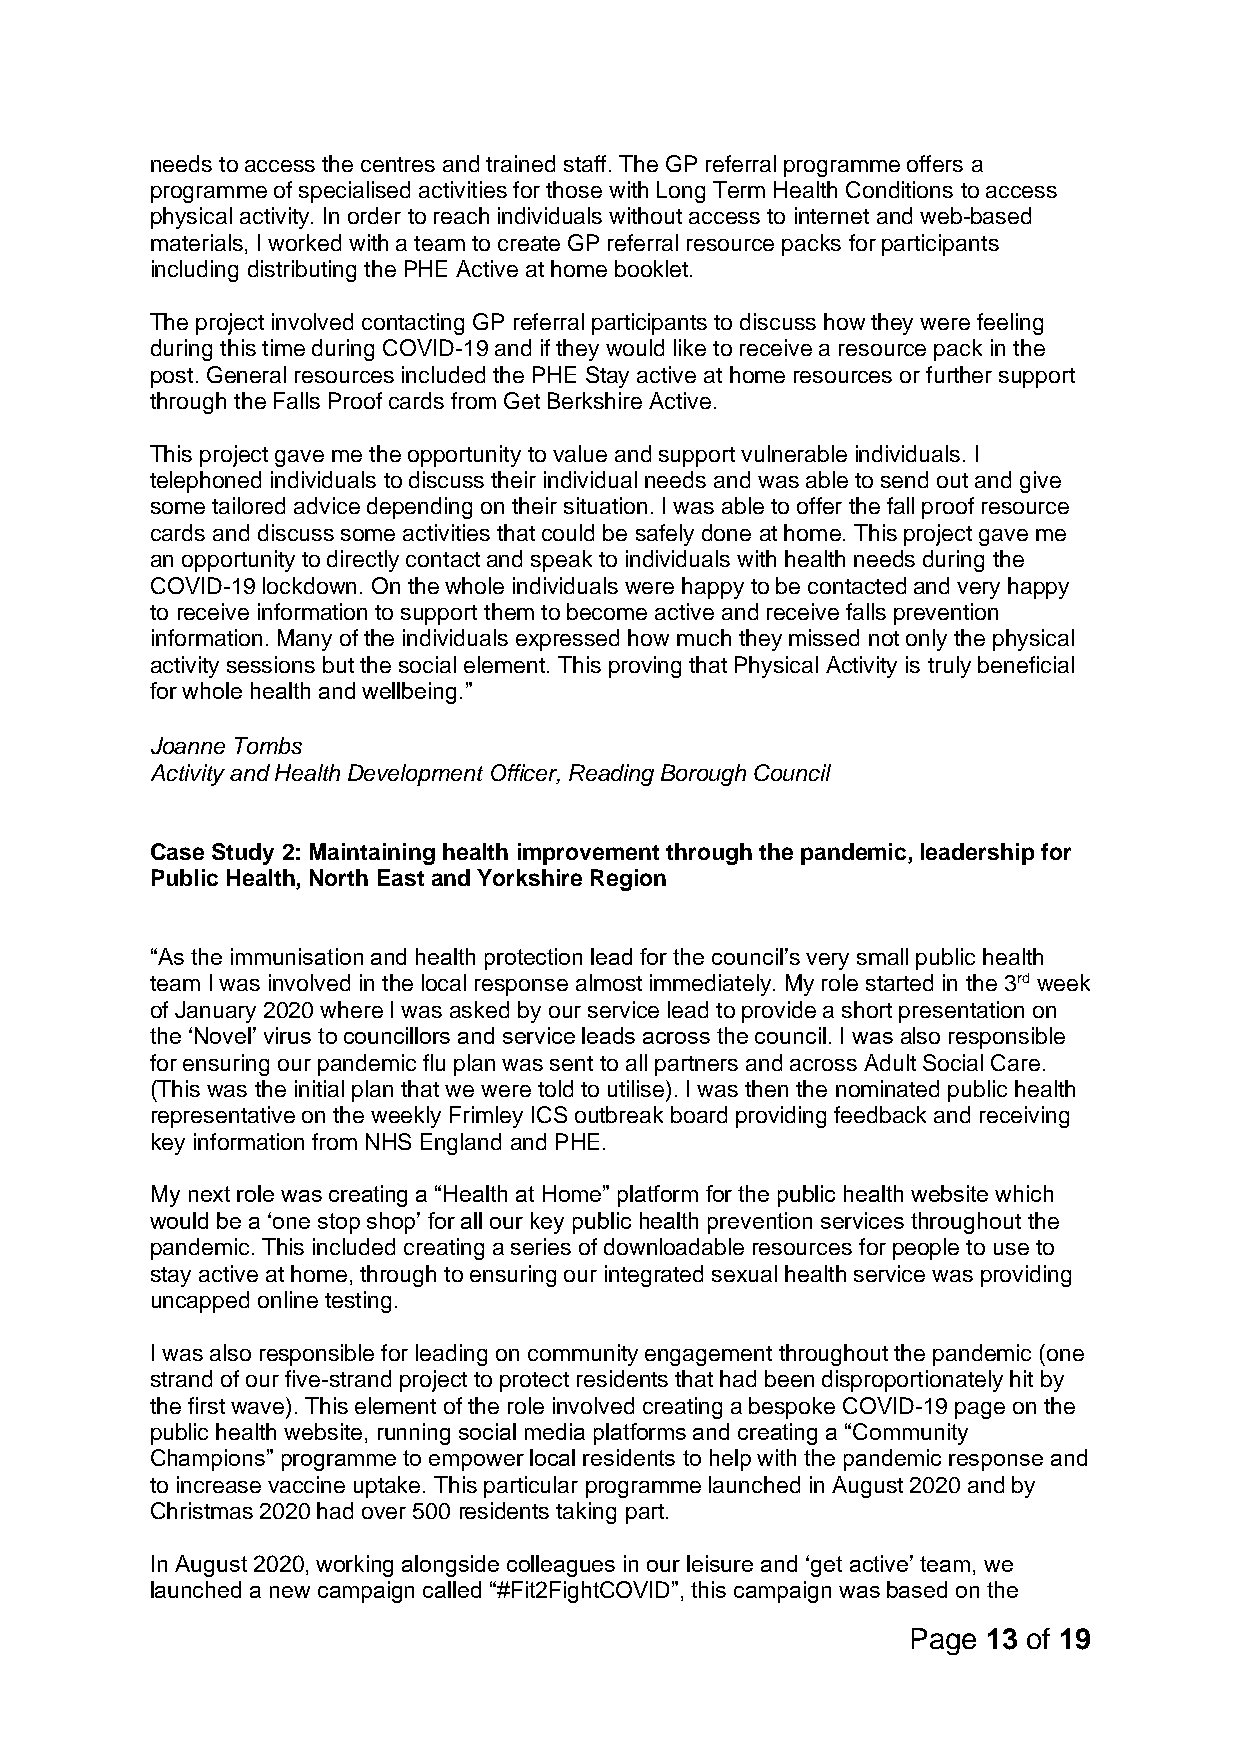
needs to access the centres and trained staff. The GP referral programme offers a
 programme of specialised activities for those with Long Term Health Conditions to access
 physical activity. In order to reach individuals without access to internet and web-based
 materials, I worked with a team to create GP referral resource packs for participants
 including distributing the PHE Active at home booklet.
 The project involved contacting GP referral participants to discuss how they were feeling
 during this time during COVID-19 and if they would like to receive a resource pack in the
 post. General resources included the PHE Stay active at home resources or further support
 through the Falls Proof cards from Get Berkshire Active.
 This project gave me the opportunity to value and support vulnerable individuals. I
 telephoned individuals to discuss their individual needs and was able to send out and give
 some tailored advice depending on their situation. I was able to offer the fall proof resource
 cards and discuss some activities that could be safely done at home. This project gave me
 an opportunity to directly contact and speak to individuals with health needs during the
 COVID-19 lockdown. On the whole individuals were happy to be contacted and very happy
 to receive information to support them to become active and receive falls prevention
 information. Many of the individuals expressed how much they missed not only the physical
 activity sessions but the social element. This proving that Physical Activity is truly beneficial
 for whole health and wellbeing.”
 Joanne Tombs
 Activity and Health Development Officer, Reading Borough Council
 Case Study 2: Maintaining health improvement through the pandemic, leadership for
 Public Health, North East and Yorkshire Region
 “As the immunisation and health protection lead for the council’s very small public health
 team I was involved in the local response almost immediately. My role started in the 3rd week
 of January 2020 where I was asked by our service lead to provide a short presentation on
 the ‘Novel’ virus to councillors and service leads across the council. I was also responsible
 for ensuring our pandemic flu plan was sent to all partners and across Adult Social Care.
 (This was the initial plan that we were told to utilise). I was then the nominated public health
 representative on the weekly Frimley ICS outbreak board providing feedback and receiving
 key information from NHS England and PHE.
 My next role was creating a “Health at Home” platform for the public health website which
 would be a ‘one stop shop’ for all our key public health prevention services throughout the
 pandemic. This included creating a series of downloadable resources for people to use to
 stay active at home, through to ensuring our integrated sexual health service was providing
 uncapped online testing.
 I was also responsible for leading on community engagement throughout the pandemic (one
 strand of our five-strand project to protect residents that had been disproportionately hit by
 the first wave). This element of the role involved creating a bespoke COVID-19 page on the
 public health website, running social media platforms and creating a “Community
 Champions” programme to empower local residents to help with the pandemic response and
 to increase vaccine uptake. This particular programme launched in August 2020 and by
 Christmas 2020 had over 500 residents taking part.
 In August 2020, working alongside colleagues in our leisure and ‘get active’ team, we
 launched a new campaign called “#Fit2FightCOVID”, this campaign was based on the
 Page 13 of 19